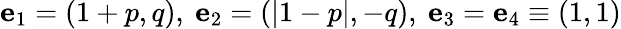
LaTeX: \mathbf{e}_{1}=(1+p,q),~\mathbf{e}_{2}=(|1-p|,-q),~\mathbf{e}_{3}=\mathbf{e}_{4}\equiv(1,1)